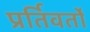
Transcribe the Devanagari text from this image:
प्रर्तिवर्तों